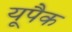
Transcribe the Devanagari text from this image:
यूपैक